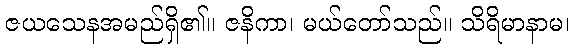
ဇယသေနအမည်ရှိ၏။ ဇနိကာ၊ မယ်တော်သည်။ သိရိမာနာမ၊